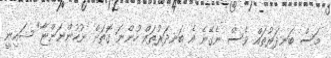
މަސް ބަނދަރުތައް ވެސް ނެގޭނެ އެ ބަނދަރުތައް ހުންނަ ގޮތަށް ނުހުންނަންޏާ" ޝައިނީ